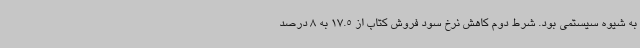
به شیوه سیستمی بود. شرط دوم کاهش نرخ سود فروش کتاب از 17.5 به 8 درصد